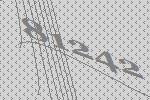
81242